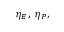
\eta _ { E } , ~ \eta _ { P } ,